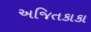
અજિતકાકા